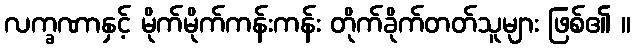
လက္ခဏာနှင့် မိုက်မိုက်ကန်းကန်း တိုက်ခိုက်တတ်သူများ ဖြစ်၏ ။